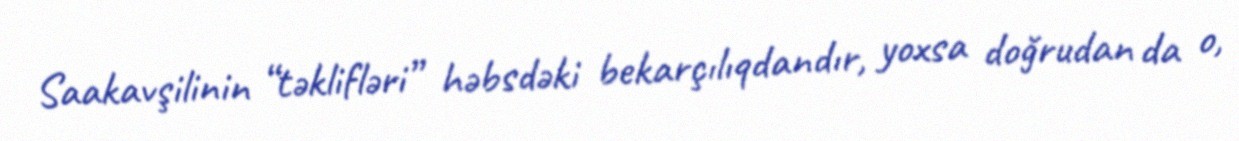
Saakavşilinin “təklifləri” həbsdəki bekarçılıqdandır, yoxsa doğrudan da o,